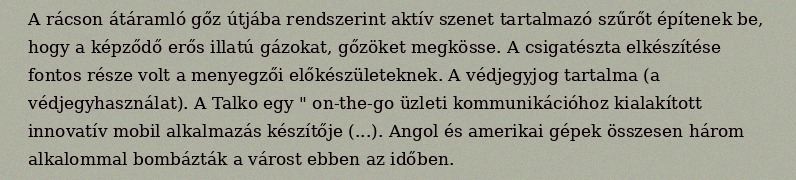
A rácson átáramló gőz útjába rendszerint aktív szenet tartalmazó szűrőt építenek be, hogy a képződő erős illatú gázokat, gőzöket megkösse. A csigatészta elkészítése fontos része volt a menyegzői előkészületeknek. A védjegyjog tartalma (a védjegyhasználat). A Talko egy " on-the-go üzleti kommunikációhoz kialakított innovatív mobil alkalmazás készítője (...). Angol és amerikai gépek összesen három alkalommal bombázták a várost ebben az időben.